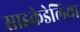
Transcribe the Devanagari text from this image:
साइकेडेलिया